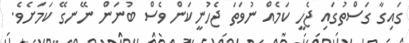
ގައިގާ ގަސްތުގައި ޖެހީ ކަމެއް ނުވަތަ ޖެހުނީކަން ވެސް ބުނަން ނޭނގޭ ކަމަށެވެ.